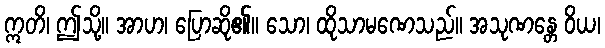
ဣတိ၊ ဤသို့။ အာဟ၊ ပြောဆို၏။ သော၊ ထိုသာမဏေသည်။ အသုဏန္တေ ဝိယ၊